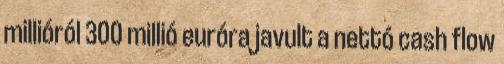
millióról 300 millió euróra javult a nettó cash flow